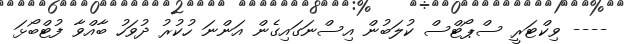
---- ވިކްޓަރީ ސްޕޯޓްސް ކުލަބުން އިސްނަގައިގެން އަންނަ ހުކުރު ދުވަހު ބާއްވާ ފުޓްބޯޅަ